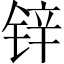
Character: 锌